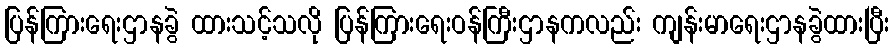
ပြန်ကြားရေးဌာနခွဲ ထားသင့်သလို ပြန်ကြားရေးဝန်ကြီးဌာနကလည်း ကျန်းမာရေးဌာနခွဲထားပြီး